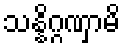
သန္နိဂ္ဂဏှာမိ